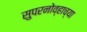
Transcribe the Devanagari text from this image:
सुपरनोव्हाच्या